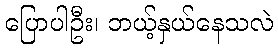
ပြောပါဦး၊ ဘယ့်နှယ်နေသလဲ